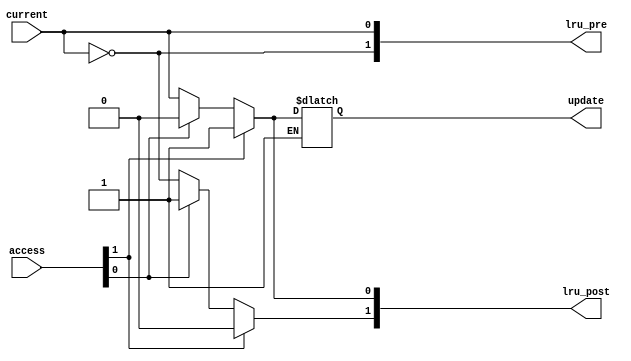
module mor1kx_cache_lru(
   update, lru_pre, lru_post,
   current, access
   );
   parameter NUMWAYS = 2;
   localparam WIDTH = NUMWAYS*(NUMWAYS-1) >> 1;
   input [WIDTH-1:0]        current;
   output reg [WIDTH-1:0]   update;
   input [NUMWAYS-1:0]      access;
   output reg [NUMWAYS-1:0] lru_pre;
   output reg [NUMWAYS-1:0] lru_post;
   reg [NUMWAYS-1:0]        expand [0:NUMWAYS-1];
   integer              i, j;
   integer              offset;
   always @(*) begin : comb
      offset = 0;
      for (i = 0; i < NUMWAYS; i = i + 1) begin
         expand[i][i] = 1'b1;
         for (j = i + 1; j < NUMWAYS; j = j + 1) begin
            expand[i][j] = current[offset+j-i-1];
         end
         for (j = 0; j < i; j = j + 1) begin
            expand[i][j] = !expand[j][i];
         end
         offset = offset + NUMWAYS - i - 1;
      end 
      for (i = 0; i < NUMWAYS; i = i + 1) begin
         lru_pre[i] = &expand[i];
      end
      for (i = 0; i < NUMWAYS; i = i + 1) begin
         if (access[i]) begin
            for (j = 0; j < NUMWAYS; j = j + 1) begin
               if (i != j) begin
                  expand[i][j] = 1'b0;
               end
            end
            for (j = 0; j < NUMWAYS; j = j + 1) begin
               if (i != j) begin
                  expand[j][i] = 1'b1;
               end
            end
         end
      end 
      offset = 0;
      for (i = 0; i < NUMWAYS; i = i + 1) begin
         for (j = i + 1; j < NUMWAYS; j = j + 1) begin
            update[offset+j-i-1] = expand[i][j];
         end
         offset = offset + NUMWAYS - i - 1;
      end
      for (i = 0; i < NUMWAYS; i = i + 1) begin
         lru_post[i] = &expand[i];
      end
   end
endmodule